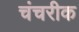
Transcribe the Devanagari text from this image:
चंचरीक